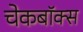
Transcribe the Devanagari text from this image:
चेकबॉक्स